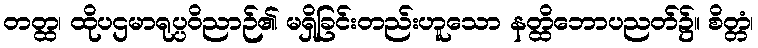
တတ္ထ၊ ထိုပဌမာရုပ္ပဝိညာဉ်၏ မရှိခြင်းတည်းဟူသော နတ္ထိဘောပညတ်၌။ စိတ္တံ၊